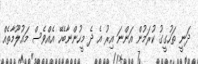
ދަނީ ތަހުގީގު ކުރަމުން އަންނަ އިރު އެ ދެ މީހުންނާބެހޭ އެއްވެސް މައުލޫމާތެއް